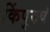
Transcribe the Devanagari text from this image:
किंपुरुषं